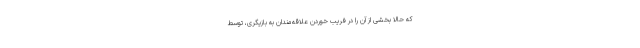
که حالا بخشی از آن را در فریب خوردن علاقه‌مندان به بازیگری، توسط